Report on vaccination in Madras 1895-1903 - 1895-1903
Year: 1895
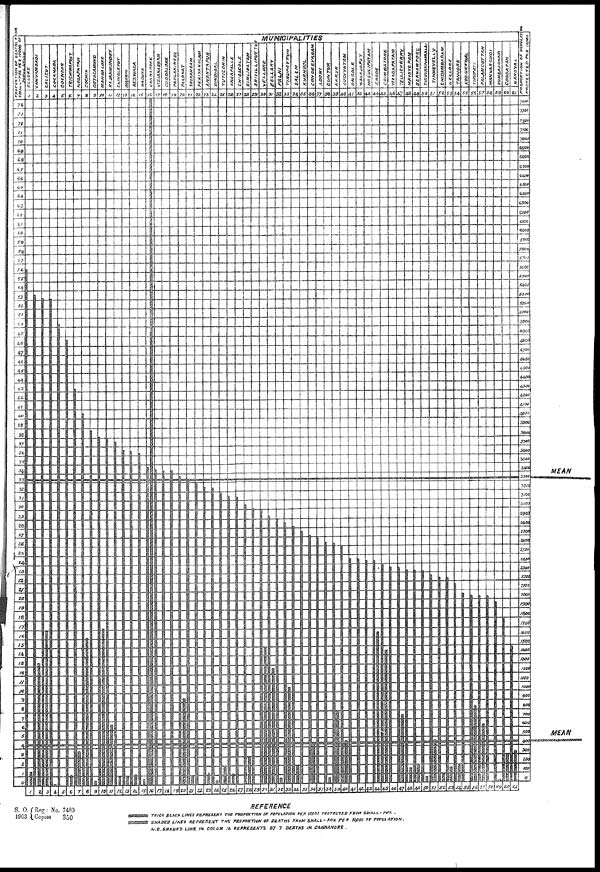
S. O.
1903
Reg: No. 7480
Copies
350